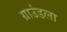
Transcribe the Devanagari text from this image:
ग्राउंडला